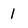
Character: 1